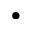
\bullet